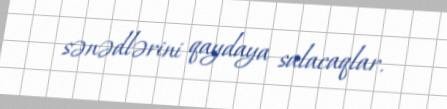
sənədlərini qaydaya salacaqlar.